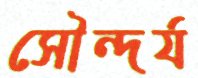
সৌন্দর্য